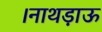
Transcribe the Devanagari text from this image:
।नाथड़ाऊ